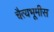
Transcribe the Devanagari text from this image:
चैत्यभूमीस